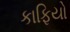
કાફિયો